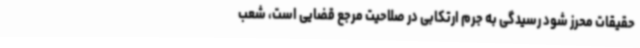
حقیقات محرز شود رسیدگی به جرم ارتکابی در صلاحیت مرجع قضایی است، شعب